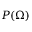
{ P } ( \Omega )